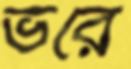
ভরে